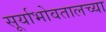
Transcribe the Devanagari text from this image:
सूर्याभोवतालच्या